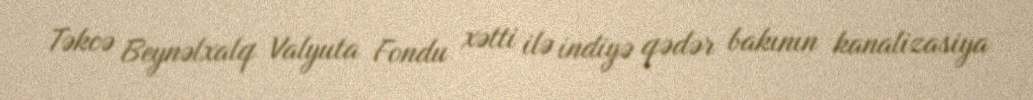
Təkcə Beynəlxalq Valyuta Fondu xətti ilə indiyə qədər bakının kanalizasiya